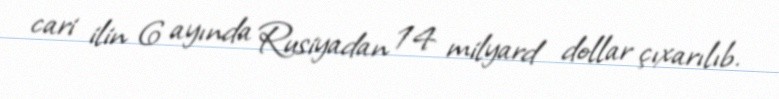
cari ilin 6 ayında Rusiyadan 14 milyard dollar çıxarılıb.